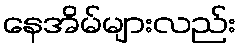
နေအိမ်များလည်း